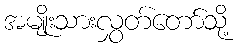
အမျိုးသားလွှတ်တော်သို့